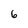
Character: 6